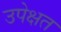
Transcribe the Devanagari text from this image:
उपेक्षत